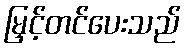
မြှင့်တင်ပေးသည်